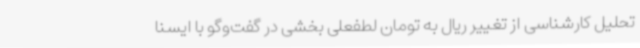
تحلیل کارشناسی از تغییر ریال به تومان لطفعلی بخشی در گفت‌وگو با ایسنا